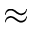
\approx